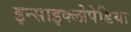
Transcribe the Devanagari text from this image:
इन्साइक्लोपेडिया